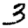
Digit: 3